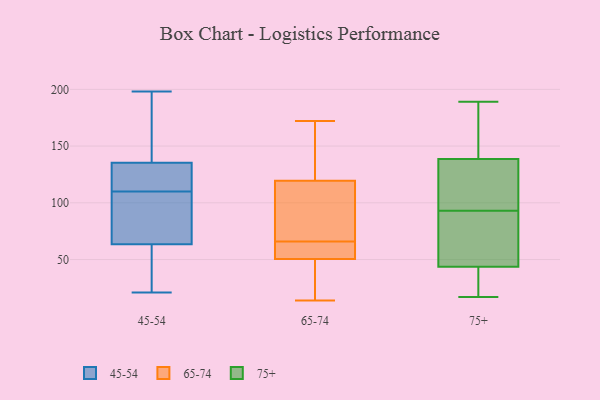
{"axis": {"x": "Humidity (%)", "y": "Value"}, "legend": ["45-54", "65-74", "75+"], "data": [{"x": "", "y": 21, "type": "45-54"}, {"x": "", "y": 127, "type": "45-54"}, {"x": "", "y": 113, "type": "45-54"}, {"x": "", "y": 62, "type": "45-54"}, {"x": "", "y": 112, "type": "45-54"}, {"x": "", "y": 198, "type": "45-54"}, {"x": "", "y": 64, "type": "45-54"}, {"x": "", "y": 160, "type": "45-54"}, {"x": "", "y": 93, "type": "45-54"}, {"x": "", "y": 94, "type": "45-54"}, {"x": "", "y": 110, "type": "45-54"}, {"x": "", "y": 188, "type": "45-54"}, {"x": "", "y": 41, "type": "45-54"}, {"x": "", "y": 58, "type": "65-74"}, {"x": "", "y": 14, "type": "65-74"}, {"x": "", "y": 90, "type": "65-74"}, {"x": "", "y": 67, "type": "65-74"}, {"x": "", "y": 38, "type": "65-74"}, {"x": "", "y": 65, "type": "65-74"}, {"x": "", "y": 125, "type": "65-74"}, {"x": "", "y": 47, "type": "65-74"}, {"x": "", "y": 114, "type": "65-74"}, {"x": "", "y": 172, "type": "65-74"}, {"x": "", "y": 157, "type": "65-74"}, {"x": "", "y": 22, "type": "65-74"}, {"x": "", "y": 54, "type": "65-74"}, {"x": "", "y": 138, "type": "65-74"}, {"x": "", "y": 65, "type": "65-74"}, {"x": "", "y": 72, "type": "65-74"}, {"x": "", "y": 189, "type": "75+"}, {"x": "", "y": 48, "type": "75+"}, {"x": "", "y": 124, "type": "75+"}, {"x": "", "y": 93, "type": "75+"}, {"x": "", "y": 64, "type": "75+"}, {"x": "", "y": 17, "type": "75+"}, {"x": "", "y": 140, "type": "75+"}, {"x": "", "y": 84, "type": "75+"}, {"x": "", "y": 186, "type": "75+"}, {"x": "", "y": 118, "type": "75+"}, {"x": "", "y": 66, "type": "75+"}, {"x": "", "y": 128, "type": "75+"}, {"x": "", "y": 29, "type": "75+"}, {"x": "", "y": 31, "type": "75+"}, {"x": "", "y": 164, "type": "75+"}, {"x": "", "y": 138, "type": "75+"}, {"x": "", "y": 17, "type": "75+"}]}